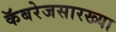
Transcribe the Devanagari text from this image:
कॅबरेजसारख्या